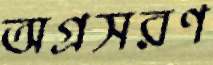
অগ্রসরণ